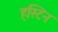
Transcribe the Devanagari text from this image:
हस्टिन